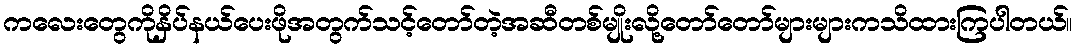
ကလေးတွေကိုနှိပ်နယ်ပေးဖိုအတွက်သင့်တော်တဲ့အဆီတစ်မျိုးလို့တော်တော်များများကသိထားကြပါတယ်။